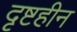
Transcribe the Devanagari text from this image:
दृष्टहीन